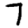
Digit: 7